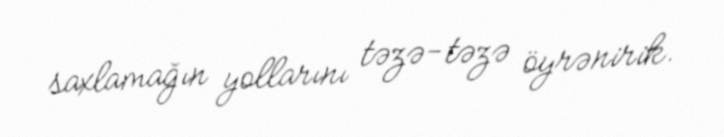
saxlamağın yollarını təzə-təzə öyrənirik.